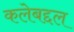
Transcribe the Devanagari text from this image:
कलेबद्दल